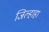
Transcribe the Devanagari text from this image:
जिल्हाहा